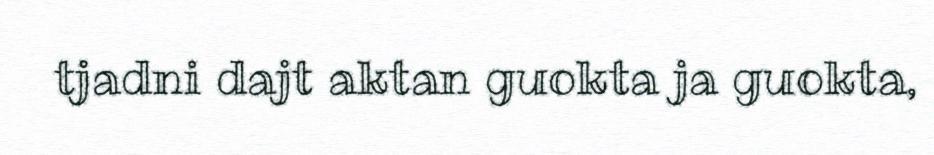
tjadni dajt aktan guokta ja guokta,